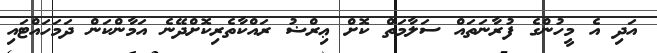
އަދި އެ މީހުންގެ ފުރާނަތައް ސަލާމަތް ކޮށް ޢިރްޟު ރައްކާތެރިކޮށްދޭނެ އަމާންކަން ދަމަހައްޓައި